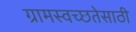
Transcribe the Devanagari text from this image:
ग्रामस्वच्छतेसाठी